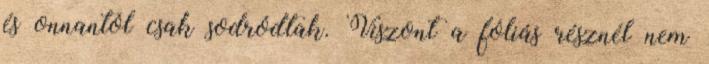
és onnantól csak sodródtak. Viszont a fóliás résznél nem